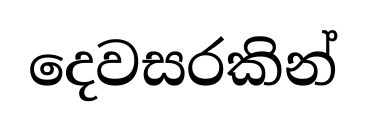
දෙවසරකින්